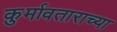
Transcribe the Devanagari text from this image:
कुर्मावताराच्या